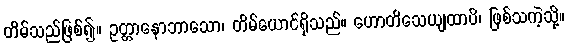
တိမ်သည်ဖြစ်၍။ ဥတ္တာနောဘာသော၊ တိမ်ယောင်ရှိသည်။ ဟောတိသေယျထာပိ၊ ဖြစ်သကဲ့သို့။